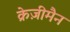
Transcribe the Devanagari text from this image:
क्रेज़ीमैन